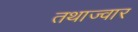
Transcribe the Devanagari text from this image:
तथाज्वार